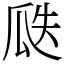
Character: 瓞